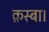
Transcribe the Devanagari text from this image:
क़स्बा।